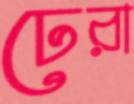
ঢেরা